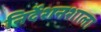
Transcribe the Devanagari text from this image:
निर्देशनशाला